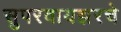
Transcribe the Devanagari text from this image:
सुपरवायझरचे